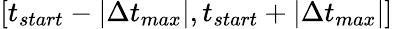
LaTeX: [t_{start}-|\Delta t_{max}|,t_{start}+|\Delta t_{max}|]